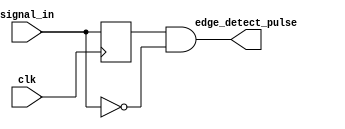
module edge_detector #(
    parameter width = 1
)(
    input clk,
    input [width-1:0] signal_in,
    output [width-1:0] edge_detect_pulse
);

    // This module takes a vector of 1-bit signals as input and outputs a vector of 1-bit signals. For each input signal
    // this module will look for a low to high (0->1) logic transition, and should then output a 1 clock cycle wide pulse
    // for that signal.
    // Remove this line once you have implemented this module.
    initial begin
        last_signal = 0;
    end
    
    reg [width-1:0] last_signal;

    always @ (posedge clk)
        last_signal <= signal_in;
    assign edge_detect_pulse = last_signal & ~signal_in;
endmodule